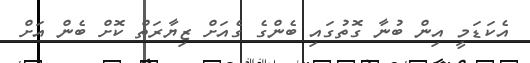
އެކަޑަމީ އިން ބުނާ ގޮތުގައި ބެންގެ ގެއަށް ޒިޔާރަތް ކޮށް ބެން އަށް